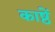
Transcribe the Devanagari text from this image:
काष्ठें